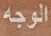
الوجه